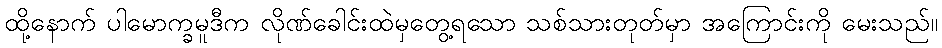
ထို့နောက် ပါမောက္ခမူဒီက လိုဏ်ခေါင်းထဲမှတွေ့ရသော သစ်သားတုတ်မှာ အကြောင်းကို မေးသည်။